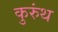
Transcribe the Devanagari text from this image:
कुरुंथ